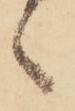
候